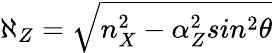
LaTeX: \aleph_{Z}=\sqrt{n_{X}^{2}-\alpha_{Z}^{2}sin^{2}\theta}